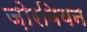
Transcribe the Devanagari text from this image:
ज़ोरबियन